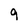
Character: 9